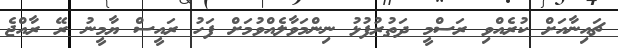
ޗައިނާއަށް ކުރެއްވި ރަސްމީ ދަތުރުފުޅު ނިންމަވާލެއްވުމަށް ފަހު ރައީސް ޔާމީނު ރޭ ރާއްޖެ